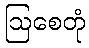
ဩစေတုံ